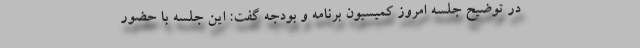
در توضیح جلسه امروز کمیسیون برنامه و بودجه گفت: این جلسه با حضور